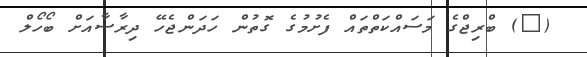
(@) ބްރިޖްގެ މަސައްކަތްތައް ފެށުމުގެ ގޮތުން ހަދަންޖެހޭ ދިރާސާއަށް ބޯހޯލް